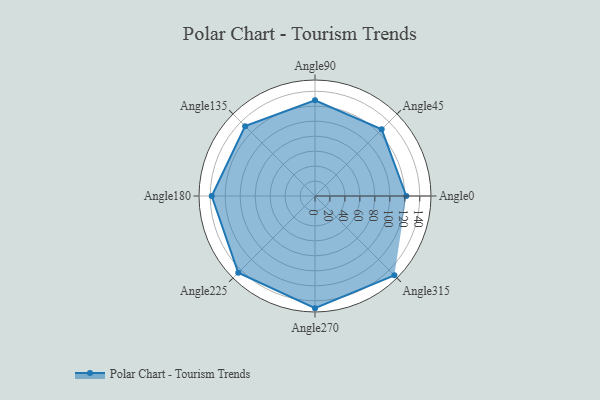
{"axis": {"x": "Angle", "y": "Radius"}, "legend": [""], "data": [{"x": "Angle0", "y": 122.0, "type": ""}, {"x": "Angle45", "y": 126.0, "type": ""}, {"x": "Angle90", "y": 128.0, "type": ""}, {"x": "Angle135", "y": 132.0, "type": ""}, {"x": "Angle180", "y": 138.0, "type": ""}, {"x": "Angle225", "y": 145.0, "type": ""}, {"x": "Angle270", "y": 150.0, "type": ""}, {"x": "Angle315", "y": 150.0, "type": ""}]}